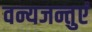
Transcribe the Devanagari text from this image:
वन्यजन्तुएं